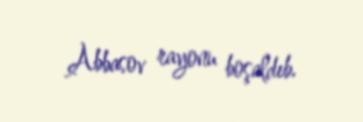
Abbasov rayonu boşaldıb.